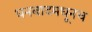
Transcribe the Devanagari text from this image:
धनबादमधूनच